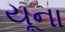
યૂના